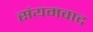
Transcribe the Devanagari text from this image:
संयमवाद